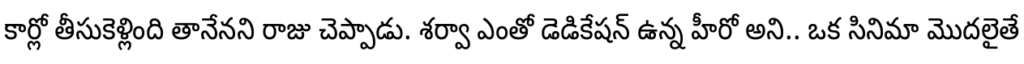
కార్లో తీసుకెళ్లింది తానేనని రాజు చెప్పాడు. శర్వా ఎంతో డెడికేషన్ ఉన్న హీరో అని.. ఒక సినిమా మొదలైతే